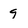
Character: q